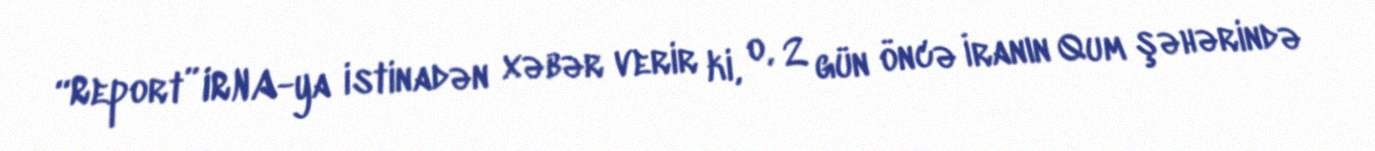
“Report” IRNA-ya istinadən xəbər verir ki, o, 2 gün öncə İranın Qum şəhərində